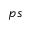
p s